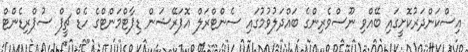
އިސްކަންދަރުކޮށީގައި ބޭއްވި ނޫސްވެރިންގެ ބައްދަލުވުމުގައި ސެންޓްރަލް އޮޕަރޭޝަން ޑިޕާޓްމަންޓްގެ ހެޑް ޗީފް ސުޕްރިޑެންޓް